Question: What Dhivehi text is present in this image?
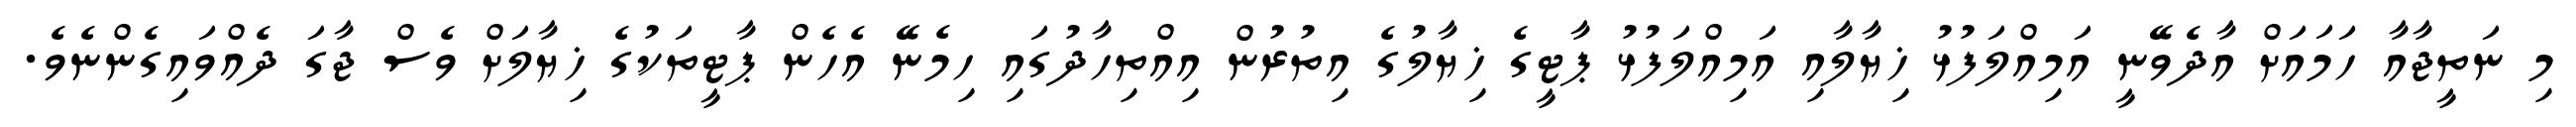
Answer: މި ނަތީޖާއާ ހަމައަށް އާދެވޭނީ އަމިއްލަފުޅު ޚިޔާލާއި އަމިއްލަފުޅު ޕާޓީގެ ޚިޔާލުގެ އިތުރުން އިއްތިހާދުގައި ހިމެނޭ އެހެން ޕާޓީތަކުގެ ޚިޔާލަށް ވެސް ޖާގަ ދެއްވައިގެންނެވެ.